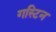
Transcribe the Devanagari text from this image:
गस्टिन